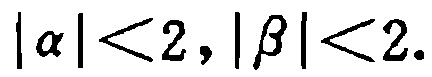
\(|\alpha|<2,|\beta|<2.\)